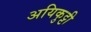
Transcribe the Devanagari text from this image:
अयिकुट्टी